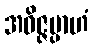
အဝိဇ္ဇမ္ပာဟံ